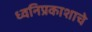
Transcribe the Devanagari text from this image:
ध्वनिप्रकाशाचे